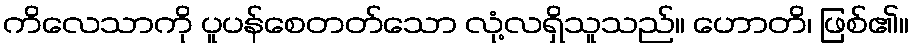
ကိလေသာကို ပူပန်စေတတ်သော လုံ့လရှိသူသည်။ ဟောတိ၊ ဖြစ်၏။